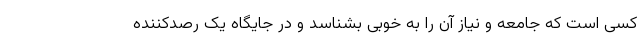
کسی است که جامعه و نیاز آن را به خوبی بشناسد و در جایگاه یک رصدکننده